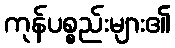
ကုန်ပစ္စည်းများ၏